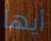
أيها